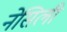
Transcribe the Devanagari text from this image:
नेसिली